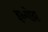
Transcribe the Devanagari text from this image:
इन्गोदा